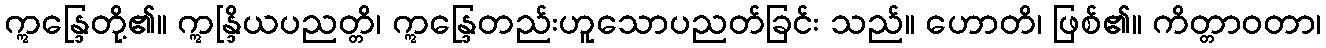
ဣန္ဒြေတို့၏။ ဣန္ဒြိယပညတ္တိ၊ ဣန္ဒြေတည်းဟူသောပညတ်ခြင်း သည်။ ဟောတိ၊ ဖြစ်၏။ ကိတ္တာဝတာ၊